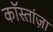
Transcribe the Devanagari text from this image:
कॉस्तांज़ा